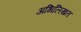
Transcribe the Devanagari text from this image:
अभिलिखत